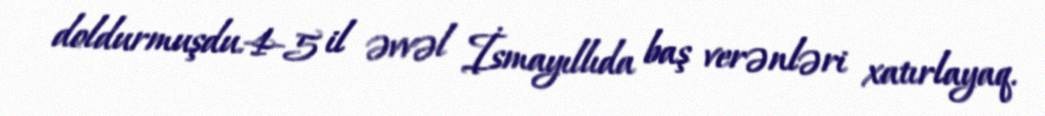
doldurmuşdu.4-5 il əvvəl İsmayıllıda baş verənləri xatırlayaq.